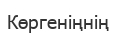
Көргеніңнің